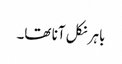
باہر نکل آنا تھا۔